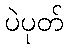
ပဲပုတ်